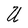
Character: U